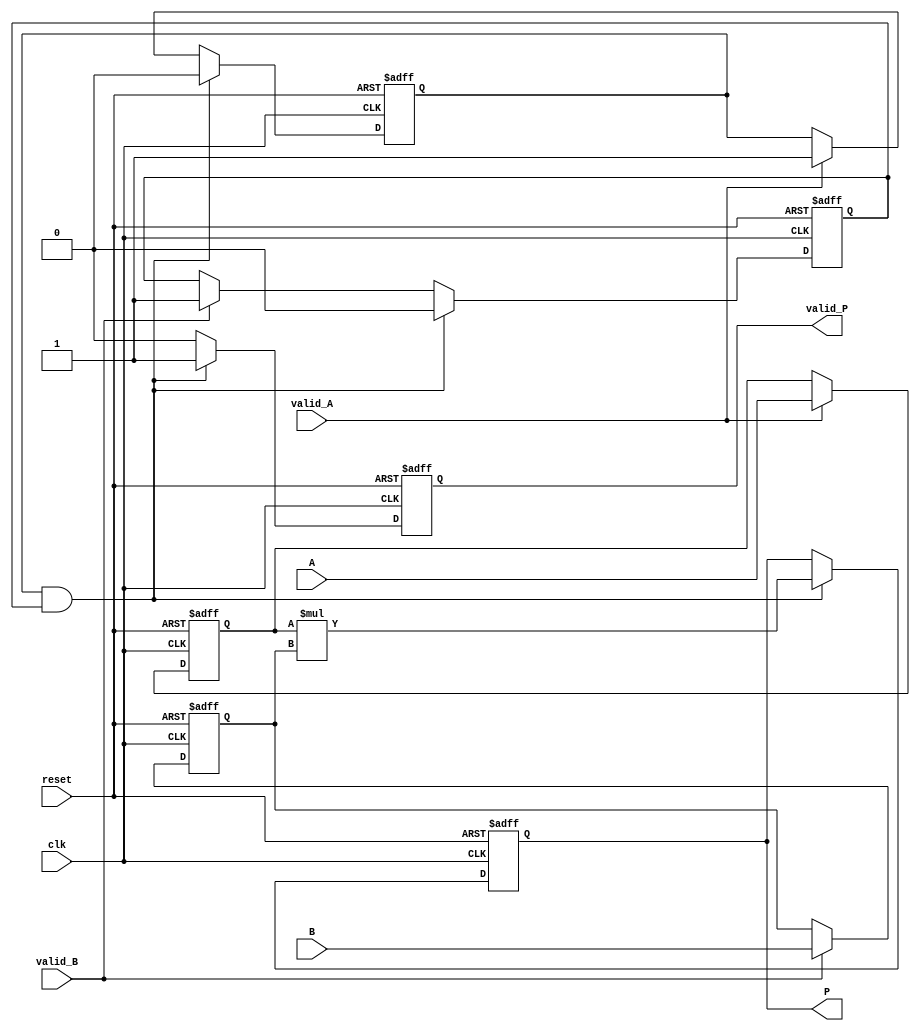
module streaming_multiplier #(
    parameter DATA_WIDTH = 16, // Width of the input data
    parameter PRODUCT_WIDTH = 2 * DATA_WIDTH // Width of the product
) (
    input  wire [DATA_WIDTH-1:0] A,          // Input data A
    input  wire [DATA_WIDTH-1:0] B,          // Input data B
    input  wire valid_A,                       // Valid signal for A
    input  wire valid_B,                       // Valid signal for B
    input  wire clk,                          // Clock signal
    input  wire reset,                        // Asynchronous reset
    output reg [PRODUCT_WIDTH-1:0] P,        // Output product
    output reg valid_P                        // Valid signal for the product output
);

// Internal signals
reg [DATA_WIDTH-1:0] A_reg, B_reg;
reg valid_A_reg, valid_B_reg;

// Asynchronous reset and register inputs
always @(posedge clk or posedge reset) begin
    if (reset) begin
        A_reg <= 0;
        B_reg <= 0;
        valid_A_reg <= 0;
        valid_B_reg <= 0;
        P <= 0;
        valid_P <= 0;
    end else begin
        // Register A and B values on valid signals
        if (valid_A) begin
            A_reg <= A;
            valid_A_reg <= 1;
        end
        if (valid_B) begin
            B_reg <= B;
            valid_B_reg <= 1;
        end

        // Perform multiplication when both inputs are valid
        if (valid_A_reg && valid_B_reg) begin
            P <= A_reg * B_reg; // Multiplication operation
            valid_P <= 1;       // Assert valid product signal
            valid_A_reg <= 0;   // Reset valid signals after operation
            valid_B_reg <= 0;
        end else begin
            valid_P <= 0; // De-assert valid product if inputs are not valid
        end
    end
end

endmodule